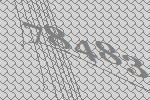
78483